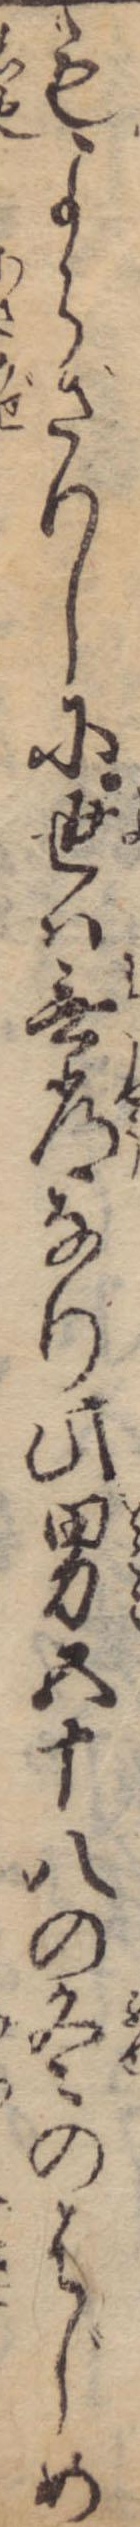
もよらざりしに世は無常なり此男五十八の冬のはじめ